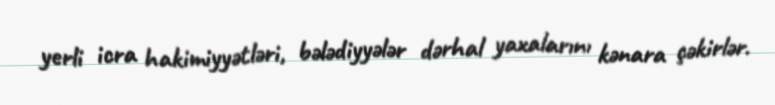
yerli icra hakimiyyətləri, bələdiyyələr dərhal yaxalarını kənara çəkirlər.